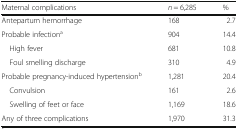
<table><thead><tr><td><b>Maternal complications</b></td><td><b><i>n</i> = 6,285</b></td><td><b>%</b></td></tr></thead><tbody><tr><td>Antepartum hemorrhage</td><td>168</td><td>2.7</td></tr><tr><td>Probable infection<sup>a</sup></td><td>904</td><td>14.4</td></tr><tr><td> High fever</td><td>681</td><td>10.8</td></tr><tr><td> Foul smelling discharge</td><td>310</td><td>4.9</td></tr><tr><td>Probable pregnancy-induced hypertension<sup>b</sup></td><td>1,281</td><td>20.4</td></tr><tr><td> Convulsion</td><td>161</td><td>2.6</td></tr><tr><td> Swelling of feet or face</td><td>1,169</td><td>18.6</td></tr><tr><td>Any of three complications</td><td>1,970</td><td>31.3</td></tr></tbody></table>